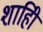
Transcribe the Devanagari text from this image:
शाहीि